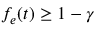
f _ { e } ( t ) \geq 1 - \gamma